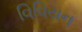
વિવિયન